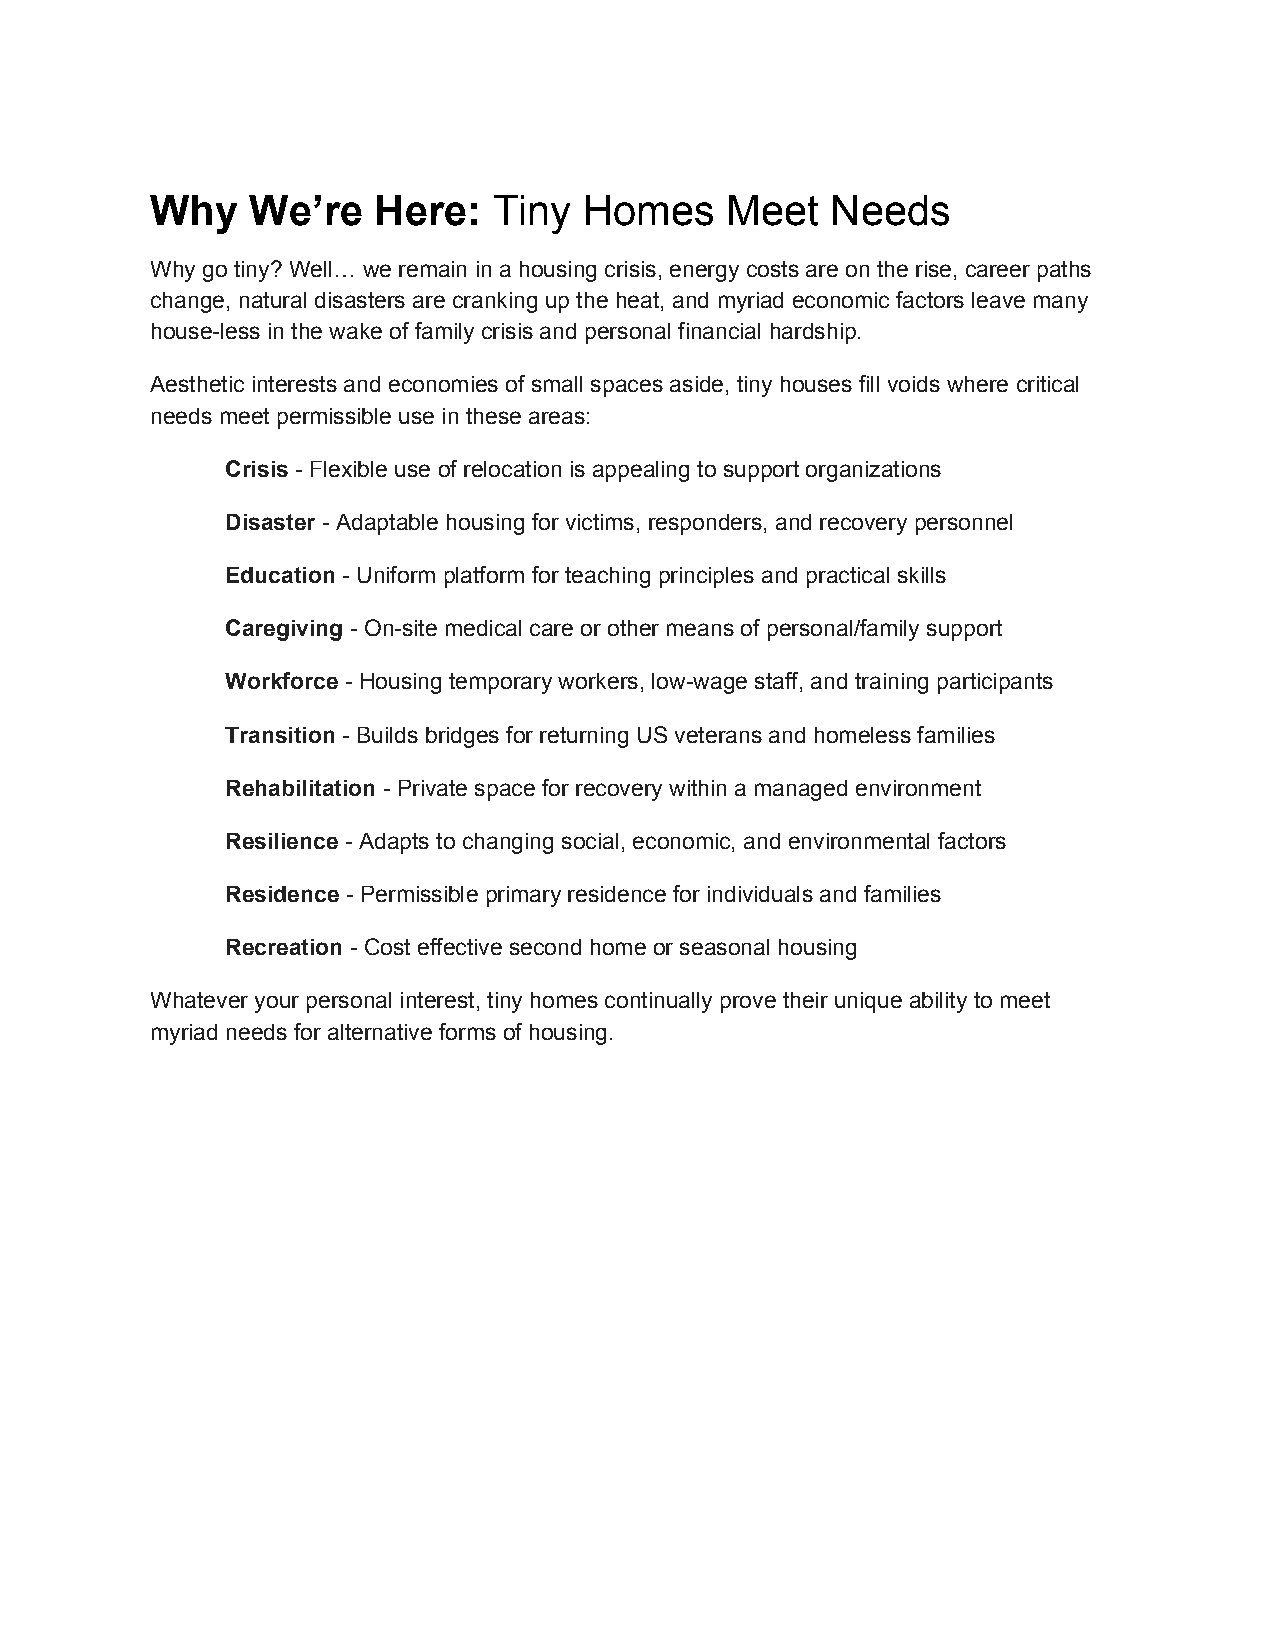
Why    We’re   Here:   Tiny  Homes    Meet   Needs
 ​
 Why go tiny? Well… we remain in a housing crisis, energy costs are on the rise, career paths
 change, natural disasters are cranking up the heat, and myriad economic factors leave many
 house-less in the wake of family crisis and personal financial hardship.
 Aesthetic interests and economies of small spaces aside, tiny houses fill voids where critical
 needs meet permissible use in these areas:
 Crisis - Flexible use of relocation is appealing to support organizations
 ​
 Disaster - Adaptable housing for victims, responders, and recovery personnel
 ​
 Education - Uniform platform for teaching principles and practical skills
 ​
 Caregiving - On-site medical care or other means of personal/family support
 ​
 Workforce - Housing temporary workers, low-wage staff, and training participants
 ​
 Transition - Builds bridges for returning US veterans and homeless families
 ​
 Rehabilitation - Private space for recovery within a managed environment
 ​
 Resilience - Adapts to changing social, economic, and environmental factors
 ​
 Residence - Permissible primary residence for individuals and families
 ​
 Recreation - Cost effective second home or seasonal housing
 ​
 Whatever your personal interest, tiny homes continually prove their unique ability to meet
 myriad needs for alternative forms of housing.